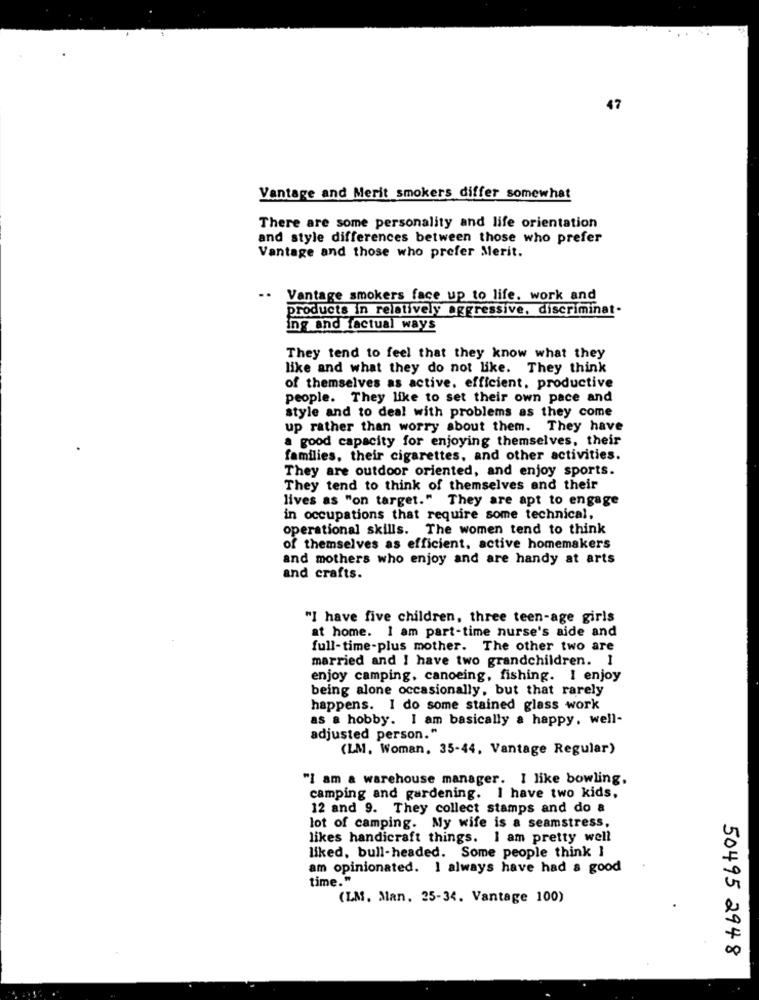
47
Vantage and Merit smokers differ somewhat
There are some personality and life orientation
and style differences between those who prefer
Vantage and those who prefer Merit.
..
Vantage smokers face up to life, work and
products in relatively aggressive, discriminat.
ing and factual ways
They tend to feel that they know what they
like and what they do not like. They think
of themselves as active. efficient, productive
people. They like to set their own pace and
style and to deal with problems as they come
up rather than worry about them. They have
a good capacity for enjoying themselves, their
families, their cigarettes, and other activities.
They are outdoor oriented, and enjoy sports.
They tend to think of themselves and their
lives as "on target." They are apt to engage
in occupations that require some technical,
operational skills. The women tend to think
of themselves as efficient, active homemakers
and mothers who enjoy and are handy at arts
and crafts.
"I have five children, three teen-age girls
at home. I am part-time nurse's aide and
full-time-plus mother. The other two are
married and I have two grandchildren. 1
enjoy camping, canoeing, fishing. I enjoy
being alone occasionally, but that rarely
happens. I do some stained glass work
as a hobby. I am basically a happy, well-
adjusted person."
(LM, Woman, 35-44, Vantage Regular)
"I am a warehouse manager. I like bowling.
camping and gardening. I have two kids,
12 and 9. They collect stamps and do a
lot of camping. My wife is a seamstress,
likes handicraft things. I am pretty well
liked, bull-headed. Some people think ]
am opinionated. I always have had a good
time."
(LM. Man. 25-34. Vantage 100)
50495 2948